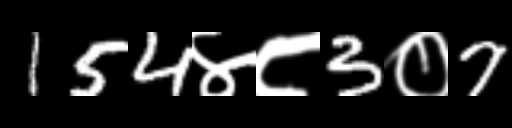
Text: 154४८3०7